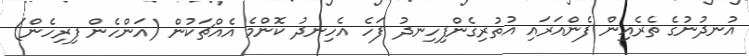
އުނދުނުގެ ތެރެއިން ފެންއަރައި އުތުރިގެންފިހިނދު ފަހެ އެހިނދު ކޮންމެ އެއްޗަކުން (އަންހެން ފިރިހެން)